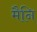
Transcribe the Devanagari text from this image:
मैनि